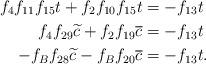
LaTeX: \begin{align*}f_4f_{11}f_{15}t + f_2f_{10}f_{15}t &= -f_{13}t \\f_4f_{29}\widetilde{c} + f_2f_{19}\overline{c} &= -f_{13}t\\-f_Bf_{28}\widetilde{c} -f_Bf_{20}\overline{c} &= -f_{13}t. \end{align*}